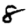
Digit: 8